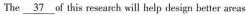
The \underline { 3 7 } of this research will help design better areas